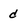
Character: d